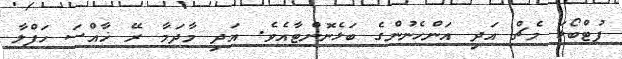
ފުޓްބޯޅަ މެޗް އަދި އަންހެނުންގެ ބަޅެނޮންޓާއެވެ. އަދި މާދަމާ ރޭ ޚާއްސަ ހަފްލާ